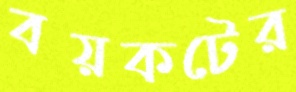
বয়কটের